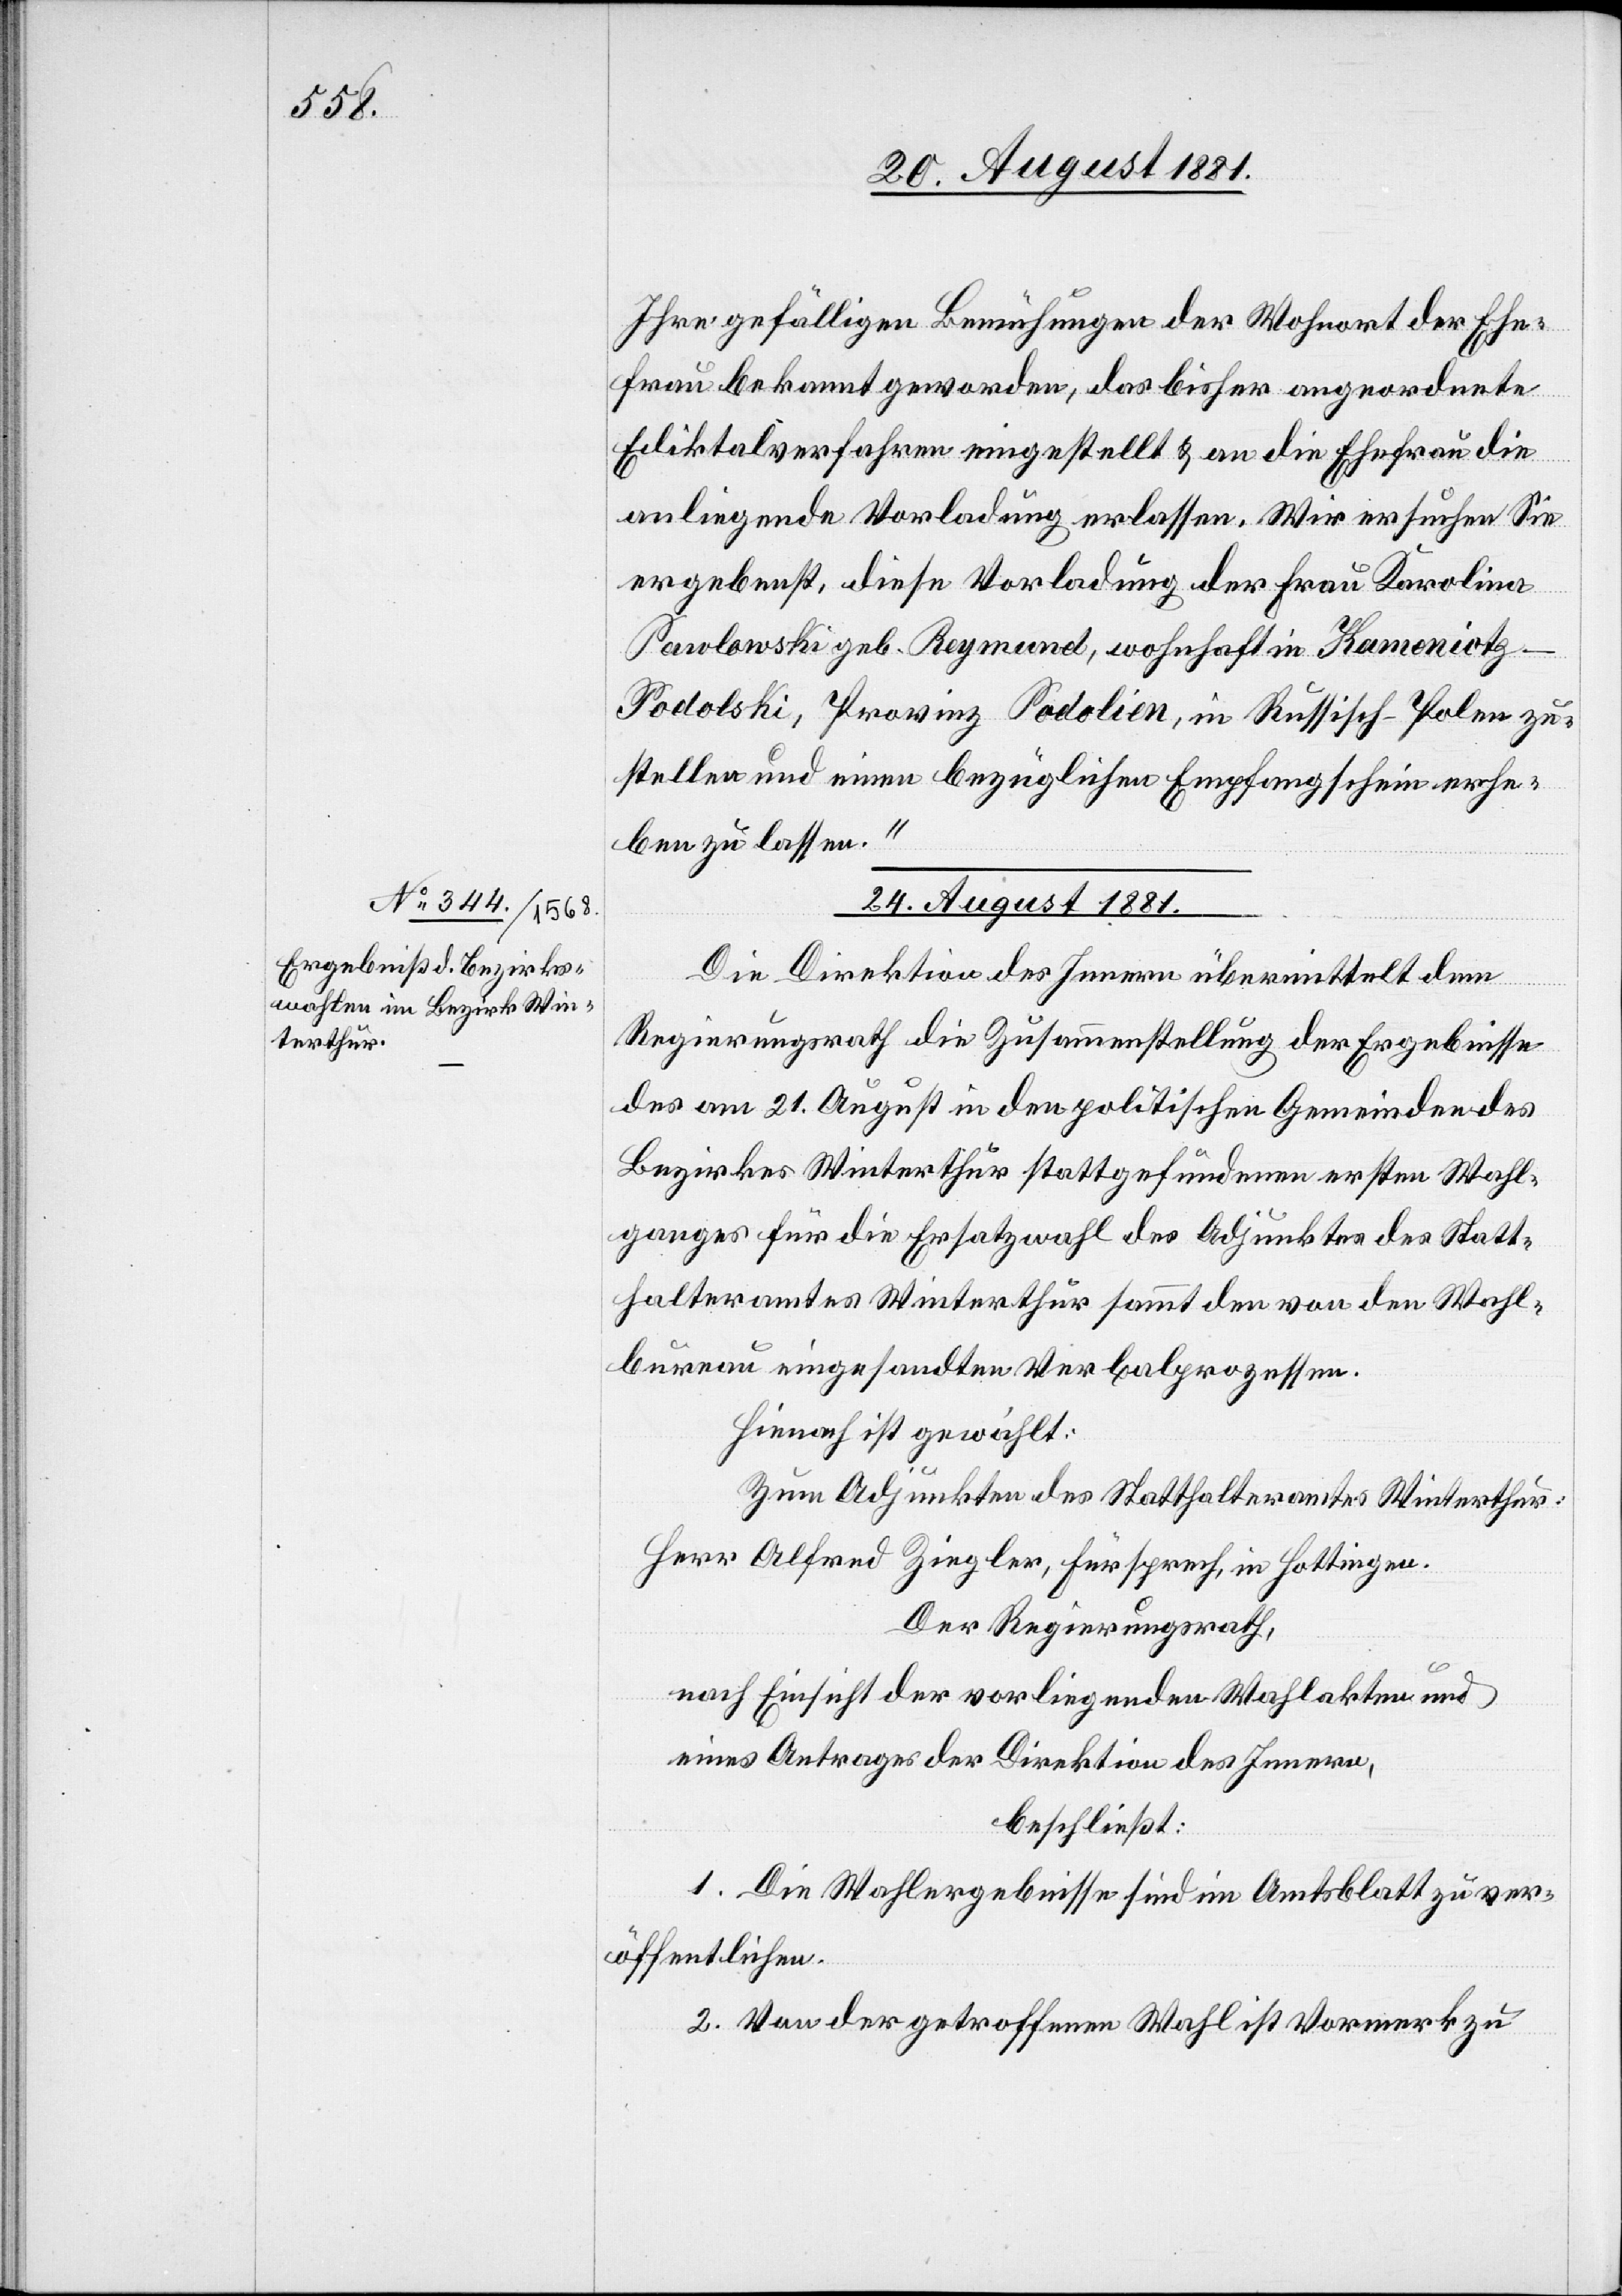
24. August 1881.
Ihre gefälligen Bemühungen der Wohnort der Ehe¬
frau bekannt geworden, das bisher angeordnete
Ediktalverfahren eingestellt & an die Ehefrau die
anliegende Vorladung erlassen. Wir ersuchen Sie
ergebenst, diese Vorladung der Frau Karolina
Pawlonski geb. Reymond, wohnhaft in Kamonictz
Podolski, Provinz Podolien, in Russisch-Polen zu¬
stellen und einen bezüglichen Empfangschein erhe¬
ben zu lassen.“
Die Direktion des Innern übermittelt dem
Regierungsrath die Zusammenstellung der Ergebnisse
des am 21. August in den politischen Gemeinden des
Bezirkes Winterthur stattgefundenen ersten Wahl¬
ganges für die Ersatzwahl des Adjunktes des Statt¬
halteramtes Winterthur sammt den von den Wahl¬
bureau eingesandten Verbalprozessen.
Hienach ist gewählt:
Zum Adjunkten des Statthalteramtes Winterthur:
Herr Alfred Ziegler, Fürsprech, in Hottingen.
Der Regierungsrath,
nach Einsicht der vorliegenden Wahlakten und
eines Antrages der Direktion des Innern,
beschließt:
1. Die Wahlergebnisse sind im Amtsblatt zu ver¬
öffentlichen.
2. Von der getroffenen Wahl ist Vormerk zu